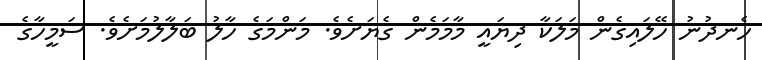
ހެނދުނު ހޭލައިގެން މަލަކާ ދިޔައީ މާމަމެން ގެޔަށެވެ. މަންމަގެ ހާލު ބަލާލުމަށެވެ. ސަމީހާގެ